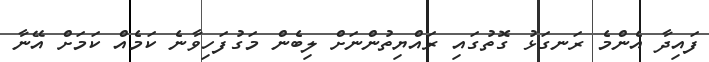
ފައިދާ އެންމެ ރަނގަޅު ގޮތުގައި ރައްޔިތުންނަށް ލިބެން މަގުފަހިވާނެ ކަމެއް ކަމަށް އޭނާ